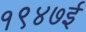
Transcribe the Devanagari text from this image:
१९४७ई